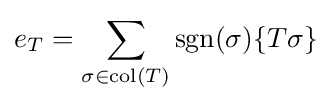
e_{T}=\sum _{\sigma \in {\rm {col}}(T)}\operatorname {sgn}(\sigma )\{T\sigma \}